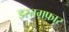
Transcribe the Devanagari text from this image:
इस्तग़फ़ार